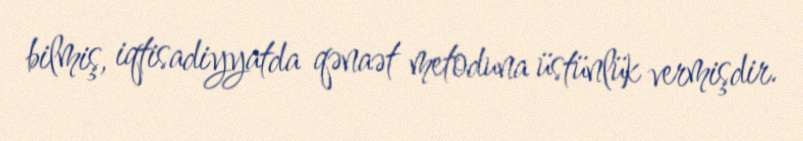
bilmiş, iqtisadiyyatda qənaət metoduna üstünlük vermişdir.